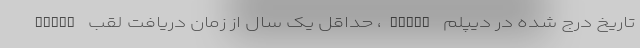
تاریخ درج شده در دیپلم AFIAP، حداقل یک سال از زمان دریافت لقب AFIAP